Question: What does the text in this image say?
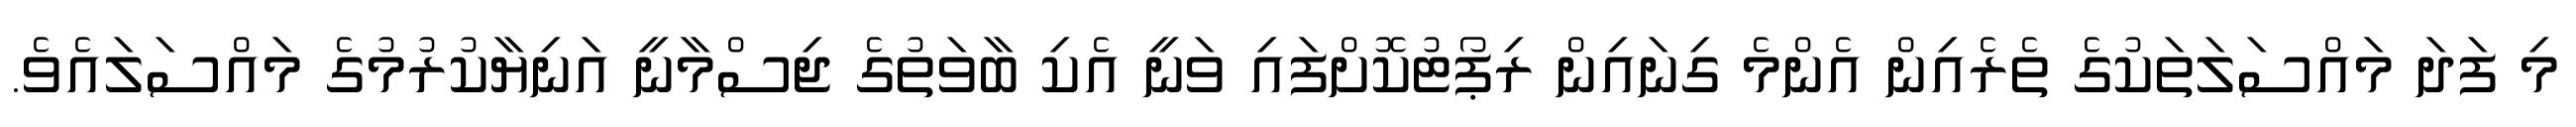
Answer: މި ފަދަ މައްސަލަތަކުގެ ތެރެއިން އެންމެ ގިނައިން ރިޕޯޓުކޮށްފައި ވަނީ އެކި ބާވަތުގެ ޖިސްމާނީ އަނިޔާކުރުމުގެ މައްސަލައެވެ.